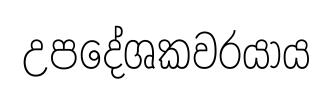
උපදේශකවරයාය